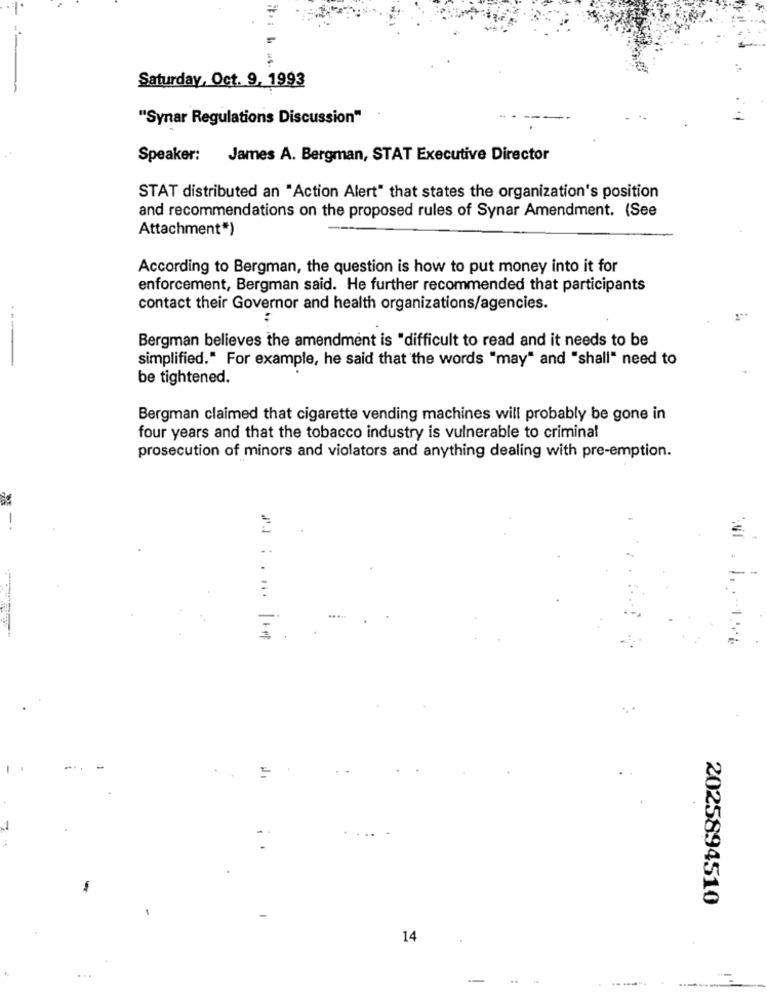
Saturday, Oct. 9, 1993
"Synar Regulations Discussion"
Speaker:
James A. Bergman, STAT Executive Director
STAT distributed an "Action Alert" that states the organization's position
and recommendations on the proposed rules of Synar Amendment. (See
Attachment*)
According to Bergman, the question is how to put money into it for
enforcement, Bergman said. He further recommended that participants
contact their Governor and health organizations/agencies.
..
Bergman believes the amendment is "difficult to read and it needs to be
simplified." For example, he said that the words "may" and "shall" need to
---
be tightened.
Bergman claimed that cigarette vending machines will probably be gone in
four years and that the tobacco industry is vulnerable to criminal
prosecution of minors and violators and anything dealing with pre-emption.
..
2025894510
14
-